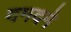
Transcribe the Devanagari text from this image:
दमदमे